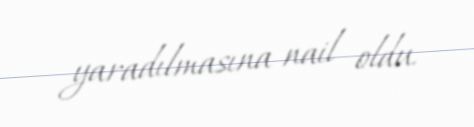
yaradılmasına nail oldu.